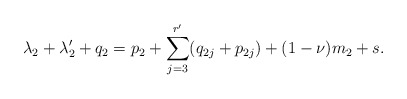
\begin{align*} \lambda_2+\lambda_2'+q_2=p_2+\sum_{j=3}^{r'}(q_{2j}+p_{2j})+(1-\nu)m_2+s.\end{align*}